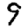
Digit: 9